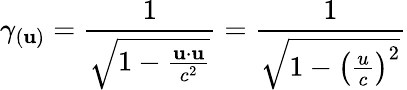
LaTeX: \gamma_{(\mathbf{u})}={\frac{1}{\sqrt{1-{\frac{\mathbf{u}\cdot\mathbf{u}}{c^{2}}}}}}={\frac{1}{\sqrt{1-\left({\frac{u}{c}}\right)^{2}}}}